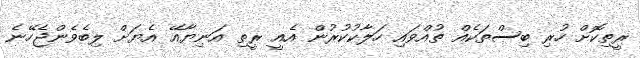
ރީތިކޮށް ހުރި ބިސްތަކެއް ތުއްވައި ހަލާކުކުރުން އެއީ ރީތި އަނިޔާއޭ އެޔަށް ލިބެވެންޖެހޭނެ